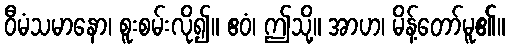
ဝီမံသမာနော၊ စူးစမ်းလို၍။ ဧဝံ၊ ဤသို့။ အာဟ၊ မိန့်တော်မူ၏။